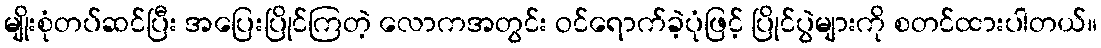
မျိုးစုံတပ်ဆင်ပြီး အပြေးပြိုင်ကြတဲ့ လောကအတွင်း ဝင်ရောက်ခဲ့ပုံဖြင့် ပြိုင်ပွဲများကို စတင်ထားပါတယ်။